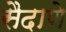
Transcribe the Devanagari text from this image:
सैदाणे